Vaccine operations Central Provinces 1900-1911 - 1900-1911
Year: 1900
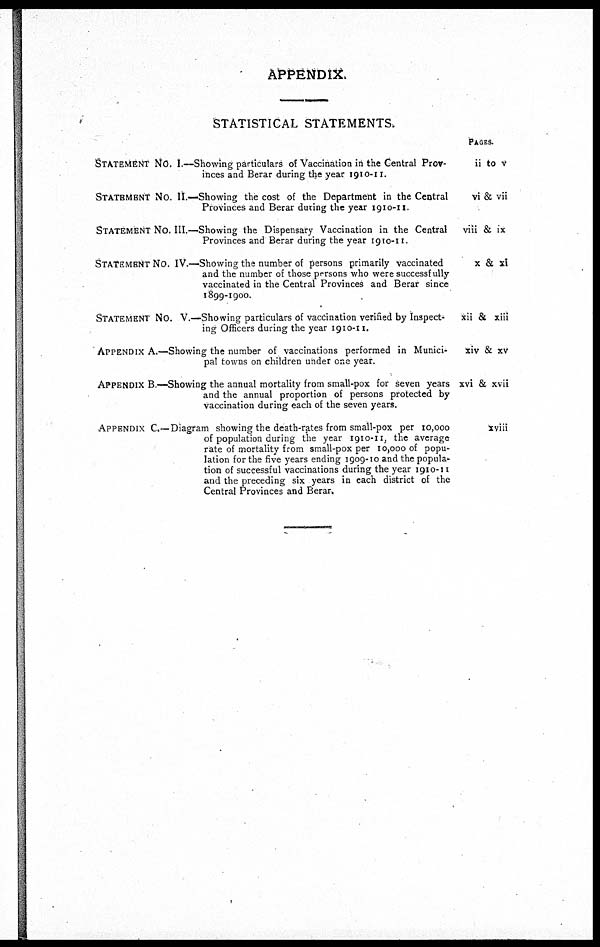
APPENDIX.
STATISTICAL STATEMENTS.
STATEMENT No. I.—Showing particulars of Vaccination in the Central Prov-
inces and Berar during the year 1910-11.
STATEMENT No. II.—Showing the cost of the Department in the Central
Provinces and Berar during the year 1910-11.
STATEMENT No. III.—Showing the Dispensary Vaccination in the Central
Provinces and Berar during the year 1910-11.
STATEMENT No. IV.—Showing the number of persons primarily vaccinated
and the number of those persons who were successfully
vaccinated in the Central Provinces and Berar since
1899-1900.
STATEMENT No. V.—Showing particulars of vaccination verified by Inspect-
ing Officers during the year 1910-11.
APPENDIX A.—Showing the number of vaccinations performed in Munici-
pal towns on children under one year.
APPENDIX B.—Showing the annual mortality from small-pox for seven years
and the annual proportion of persons protected by
vaccination during each of the seven years.
APPENDIX C.—Diagram showing the death-rates from small-pox per 10,000
of population during the year 1910-11, the average
rate of mortality from small-pox per 10,000 of popu-
lation for the five years ending 1909-10 and the popula-
tion of successful vaccinations during the year 1910-11
and the preceding six years in each district of the
Central Provinces and Berar.
PAGES.
ii to v
vi & vii
viii & ix
x & xi
xii & xiii
xiv & xv
xvi & xvii
xviii